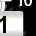
Digit: 1